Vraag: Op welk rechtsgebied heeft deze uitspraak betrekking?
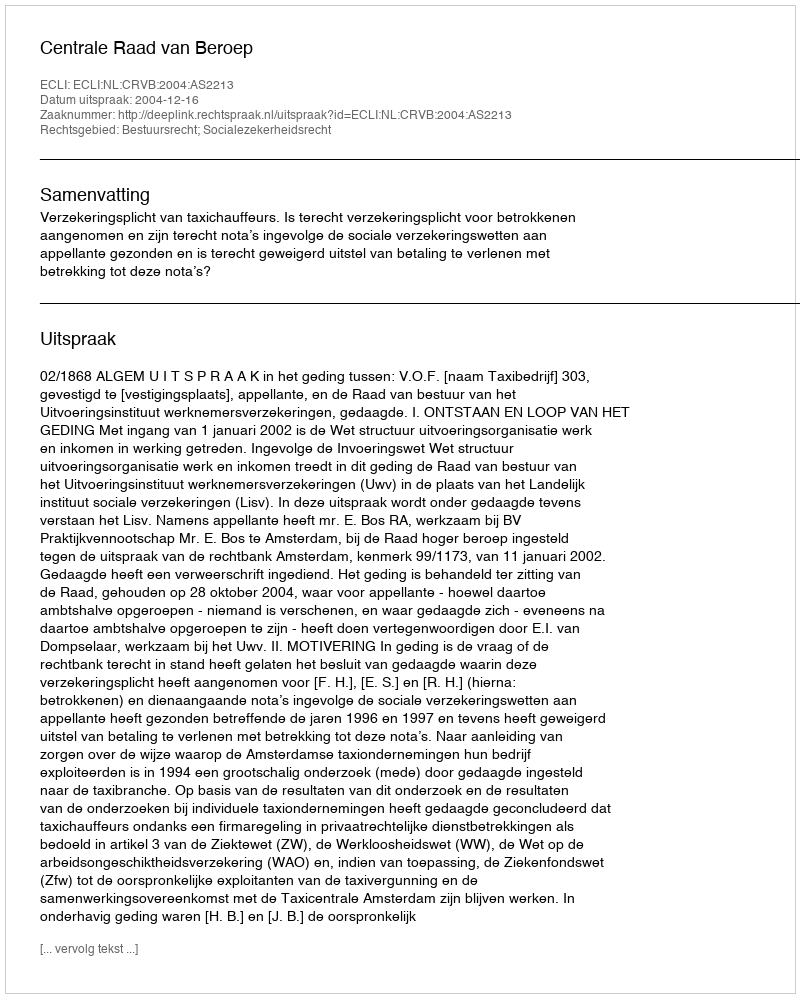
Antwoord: Bestuursrecht; Socialezekerheidsrecht